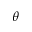
\theta